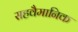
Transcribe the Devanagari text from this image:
सहवैमानिक